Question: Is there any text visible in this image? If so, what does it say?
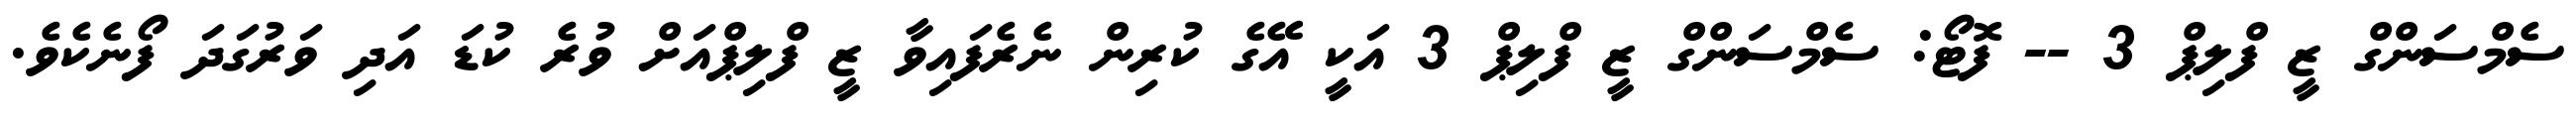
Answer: ސެމްސަންގް ޒީ ފްލިޕް 3 -- ފޮޓޯ: ސެމްސަންގް ޒީ ފްލިޕް 3 އަކީ އޭގެ ކުރިން ނެރެފައިވާ ޒީ ފްލިޕްއަށް ވުރެ ކުޑަ އަދި ވަރުގަދަ ފޯނެކެވެ.